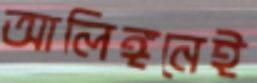
আলিঙ্গনেই